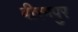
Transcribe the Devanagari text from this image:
बीरमपुर